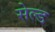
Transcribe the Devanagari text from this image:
सेल्ड